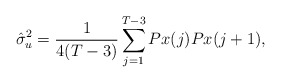
\begin{align*}\hat{\sigma}_u^2= \frac{1}{4(T-3)} \sum_{j=1}^{T-3} { Px(j) Px(j+1)}, \end{align*}